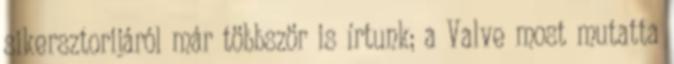
sikersztorijáról már többször is írtunk; a Valve most mutatta